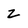
Character: z